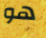
هو